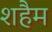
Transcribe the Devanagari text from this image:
शहैम